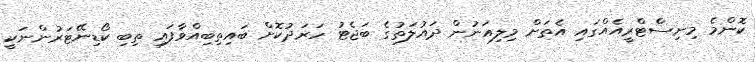
ކޮންމެ މިނިސްޓްރީއެއްގައި އެތަށް މިލިއަނުން ދައުލަތުގެ ބަޖެޓު ހަރަދުކޮށް ބައިތިބިއްވާފައި ތިބި ކޯޑިނޭޓަރުންނަކީ